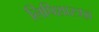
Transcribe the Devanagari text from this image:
लिपिशास्त्रज्ञ